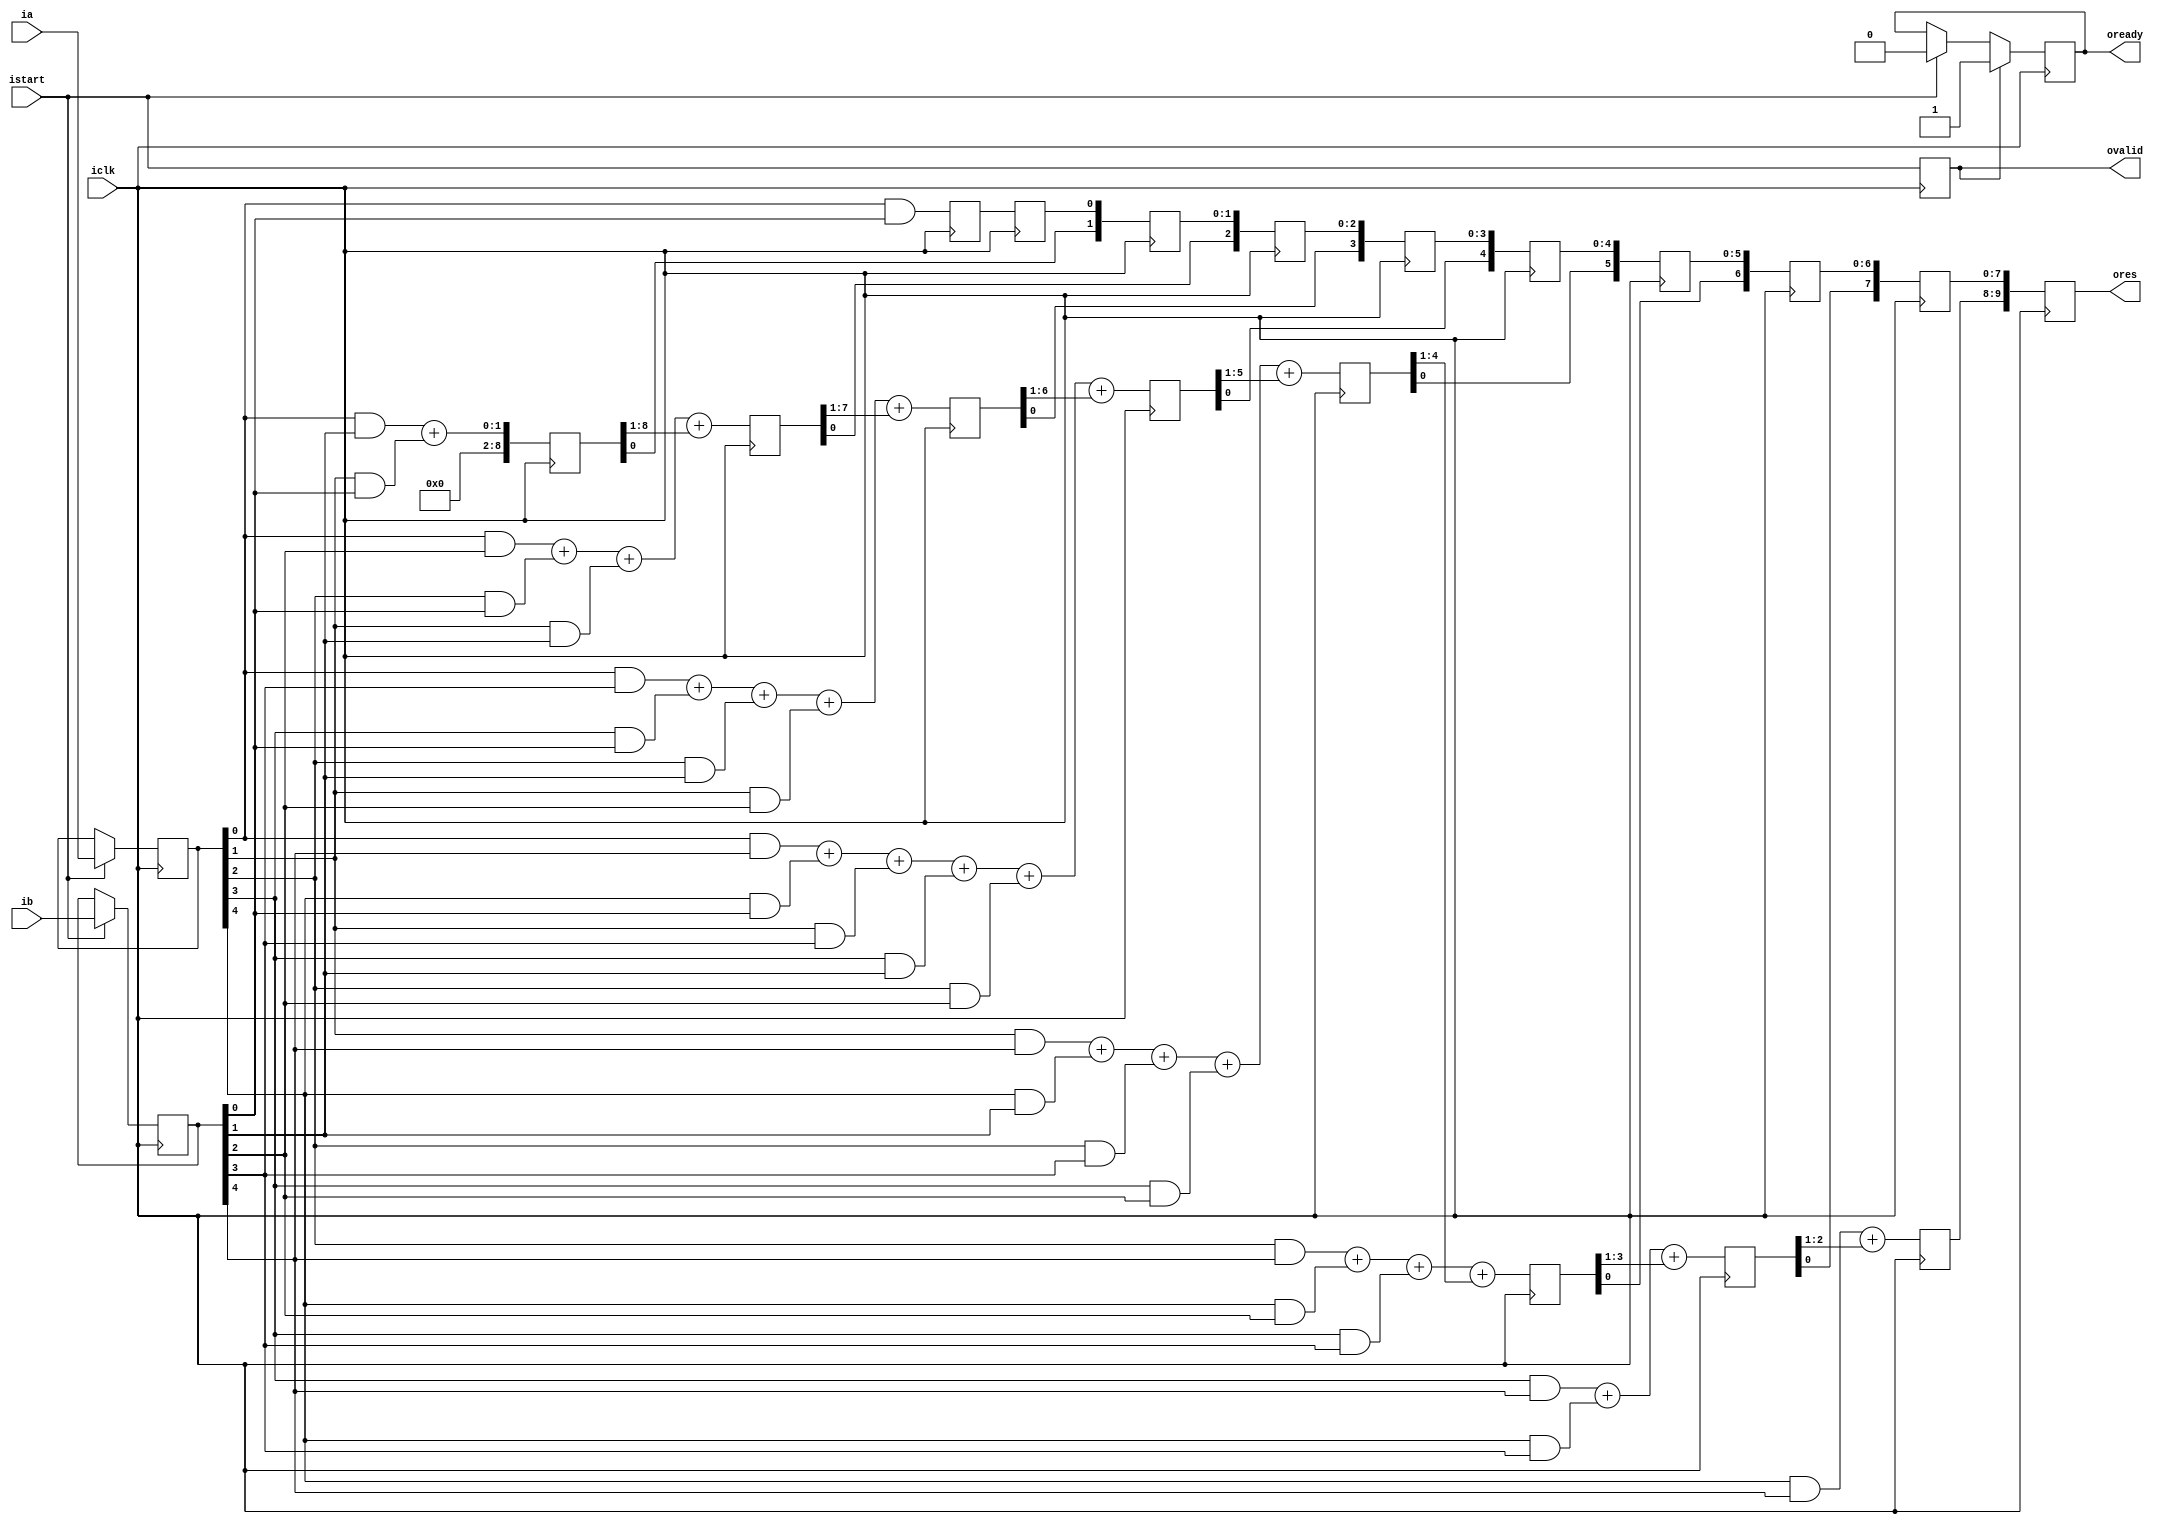
///  
///
///  !   

`timescale 1ns / 1ps

module trachtenberg_pipelines
    #( parameter WIDTH = 5)
    
    (
    input iclk,
    input [WIDTH - 1 : 0] ia,
    input [WIDTH - 1 : 0] ib,
    output [WIDTH*2 - 1 : 0] ores,
    input istart,
    output ovalid,
    output oready
    );
    
    reg [WIDTH - 1 : 0] a;
    reg [WIDTH - 1 : 0] b;
    reg [WIDTH*2 - 1 : 0] res0, res1, res2, res3, res4, res5, res6, res7, res8;
    reg [WIDTH*2 - 1 : 0] ans0, ans1, ans2, ans3, ans4, ans5, ans6, ans7, ans8;
    
    reg valid;
    reg ready;
    
    always @(posedge iclk)
    begin
        res0 <= a[0] & b[0];
        ans0[0] <= res0[0];
        ans1 <= ans0;
        
        res1 <= (a[0] & b[1]) + (a[1] & b[0]);
        ans1[1] <= res1[0];
        ans2 <= ans1;
        
        res2 <= (a[0] & b[2]) + (a[2] & b[0]) + (a[1] & b[1]) + res1[9:1];
        ans2[2] <= res2[0];
        ans3 <= ans2;
        
        res3 <= (a[0] & b[3]) + (a[3] & b[0]) + (a[2] & b[1]) + (a[1] & b[2]) + res2[9:1];
        ans3[3] <= res3[0];
        ans4 <= ans3;
        
        res4 <= (a[0] & b[4]) + (a[4] & b[0]) + (a[1] & b[3]) + (a[3] & b[1]) + (a[2] & b[2]) + res3[9:1];
        ans4[4] <= res4[0];
        ans5 <= ans4;
        
        res5 <= (a[1] & b[4]) + (a[4] & b[1]) + (a[2] & b[3]) + (a[3] & b[2]) + res4[9:1];
        ans5[5] <= res5[0];
        ans6 <= ans5;
        
        res6 <= (a[2] & b[4]) + (a[4] & b[2]) + (a[3] & b[3]) + res5[9:1];
        ans6[6] <= res6[0];
        ans7 <= ans6;
        
        res7 <= (a[3] & b[4]) + (a[4] & b[3]) + res6[9:1];
        ans7[7] <= res7[0];
        ans8 <= ans7;
        
        res8 <= (a[4] & b[4]) + res7[9:1];
        ans8[9:8] <= res8[1:0];
    end
    
    always @(posedge iclk)
    begin
        if (istart)
        begin
            a <= ia;
            b <= ib;
            ready <= 0;
        end
        
        if (valid) 
        begin
            ready <=1;
        end
        
        valid <= istart;
    end
    
    assign ovalid = valid;
    assign oready = ready;
    assign ores = ans8;
    
endmodule